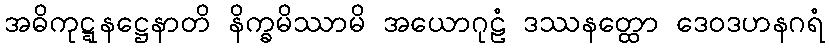
အဓိကုဋ္ဋနဋ္ဌေနာတိ နိက္ခမိဿာမိ အယောဂုဠံ ဒဿနတ္ထော ဒေဝဒဟနဂရံ